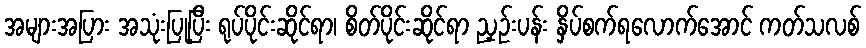
အများအပြား အသုံးပြုပြီး ရုပ်ပိုင်းဆိုင်ရာ၊ စိတ်ပိုင်းဆိုင်ရာ ညှဉ်းပန်း နှိပ်စက်ရလောက်အောင် ကတ်သလစ်